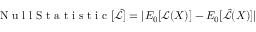
\mathrm { ~ N ~ u ~ l ~ l ~ S ~ t ~ a ~ t ~ i ~ s ~ t ~ i ~ c ~ } [ \hat { \mathcal { L } } ] = | E _ { 0 } [ \mathcal { L } ( X ) ] - E _ { 0 } [ \hat { \mathcal { L } } ( X ) ] |